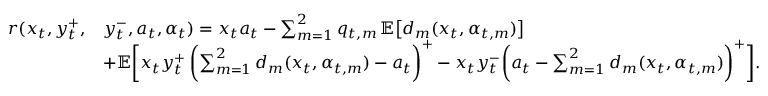
\begin{array} { r l } { r ( x _ { t } , y _ { t } ^ { + } , } & { y _ { t } ^ { - } , a _ { t } , \alpha _ { t } ) = x _ { t } a _ { t } - \sum _ { m = 1 } ^ { 2 } q _ { t , m } \, \mathbb { E } \bigl [ d _ { m } ( x _ { t } , \alpha _ { t , m } ) \bigr ] } \\ & { + \mathbb { E } \biggl [ x _ { t } y _ { t } ^ { + } \, \biggl ( \sum _ { m = 1 } ^ { 2 } d _ { m } ( x _ { t } , \alpha _ { t , m } ) - a _ { t } \biggr ) ^ { + } - x _ { t } y _ { t } ^ { - } \biggl ( a _ { t } - \sum _ { m = 1 } ^ { 2 } d _ { m } ( x _ { t } , \alpha _ { t , m } ) \biggr ) ^ { + } \biggr ] . } \end{array}